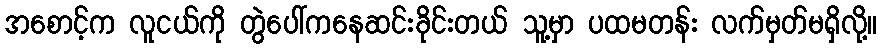
အစောင့်က လူငယ်ကို တွဲပေါ်ကနေဆင်းခိုင်းတယ် သူ့မှာ ပထမတန်း လက်မှတ်မရှိလို့။